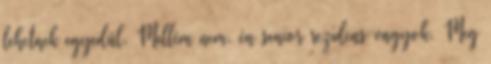
lehetnek egyedül. Mellém nem, én senior rezidens vagyok. Meg